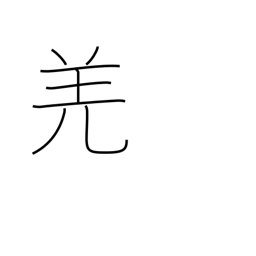
Meaning: barbarian